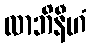
လာဘိနီဟံ